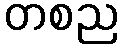
တစည